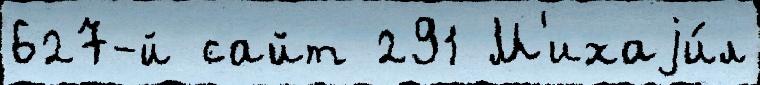
627-й сайт 291 М'ихаjи́л